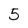
Character: 5